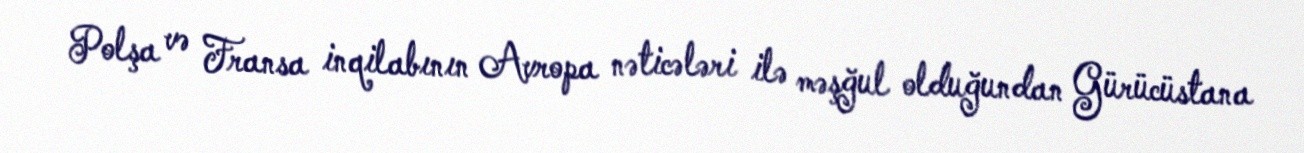
Polşa və Fransa inqilabının Avropa nəticələri ilə məşğul olduğundan Gürücüstana